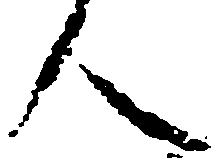
人